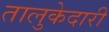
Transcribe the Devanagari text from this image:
तालुकेदारी